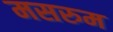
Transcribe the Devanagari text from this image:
मसरुम